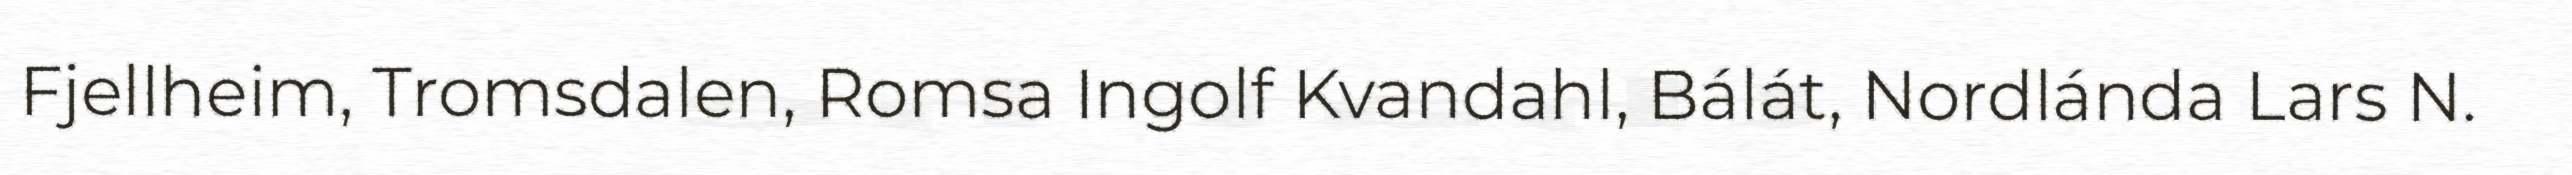
Fjellheim, Tromsdalen, Romsa Ingolf Kvandahl, Bálát, Nordlánda Lars N.